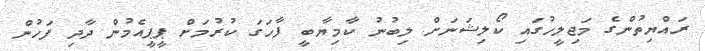
ރައްޔިތުންގެ މަޖިލީހުގައި ކޯލިޝަނަށް ލިބުނު ކާމިޔާބީ ފާހަގަ ކުރުމަށް ޕީޕީއެމުން ދާދި ފަހުން